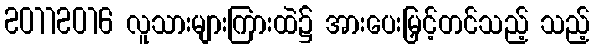
20112016 လူသားများကြားထဲ၌ အားပေးမြှင့်တင်သည့် သည့်